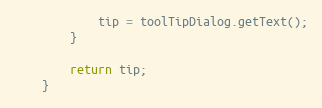
Language: Java
            tip = toolTipDialog.getText();
        }

        return tip;
    }